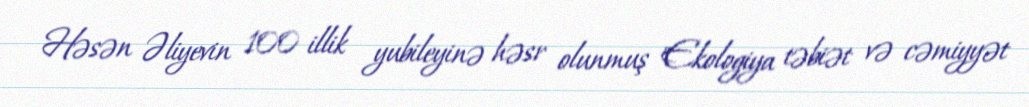
Həsən Əliyevin 100 illik yubileyinə həsr olunmuş "Ekologiya təbiət və cəmiyyət